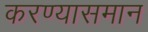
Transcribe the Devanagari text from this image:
करण्यासमान